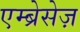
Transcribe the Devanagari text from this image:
एम्ब्रेसेज़